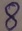
Text: 8